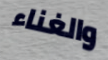
والغناء